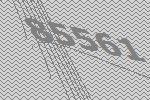
85561